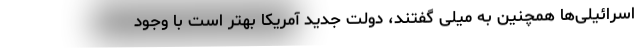
اسرائیلی‌ها همچنین به میلی گفتند، دولت جدید آمریکا بهتر است با وجود